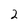
Character: 2